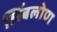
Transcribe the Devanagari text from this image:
लिंबलोण